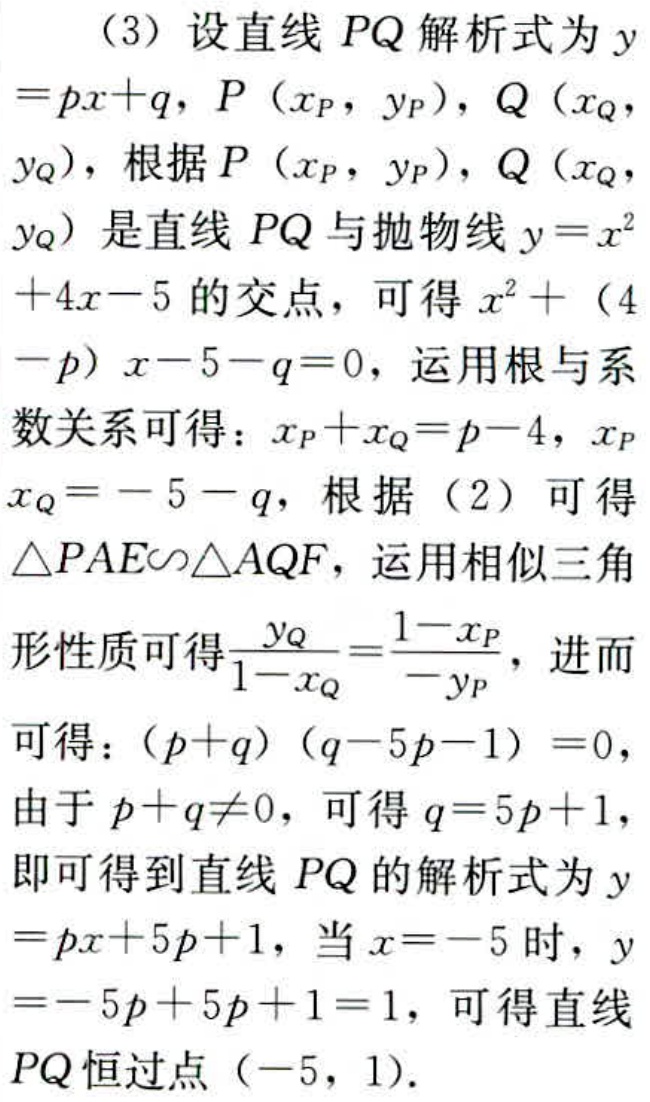
（3）设直线 \(PQ\) 解析式为 \(y = px + q\)，\(P(x_{P},y_{P})\)，\(Q(x_{Q},y_{Q})\)，根据 \(P(x_{P},y_{P})\)，\(Q(x_{Q},y_{Q})\) 是直线 \(PQ\) 与抛物线 \(y = x^{2}+4x - 5\) 的交点，可得 \(x^{2}+(4 - p)x - 5 - q = 0\)，运用根与系数关系可得：\(x_{P}+x_{Q}=p - 4\)，\(x_{P}x_{Q}=-5 - q\)，根据（2）可得 \(\triangle PAE\sim\triangle AQF\)，运用相似三角形性质可得\(\frac{y_{Q}}{1 - x_{Q}}=\frac{1 - x_{P}}{-y_{P}}\)，进而可得：\((p + q)(q - 5p - 1)=0\)，由于 \(p + q\neq0\)，可得 \(q = 5p + 1\)，即可得到直线 \(PQ\) 的解析式为 \(y = px + 5p + 1\)，当 \(x=-5\) 时，\(y=-5p + 5p + 1 = 1\)，可得直线 \(PQ\) 恒过点 \((-5,1)\)。